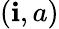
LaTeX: (\mathbf{i},a)